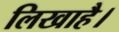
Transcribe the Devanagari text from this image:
लिखाहै।